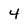
Character: 4